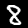
Digit: 8